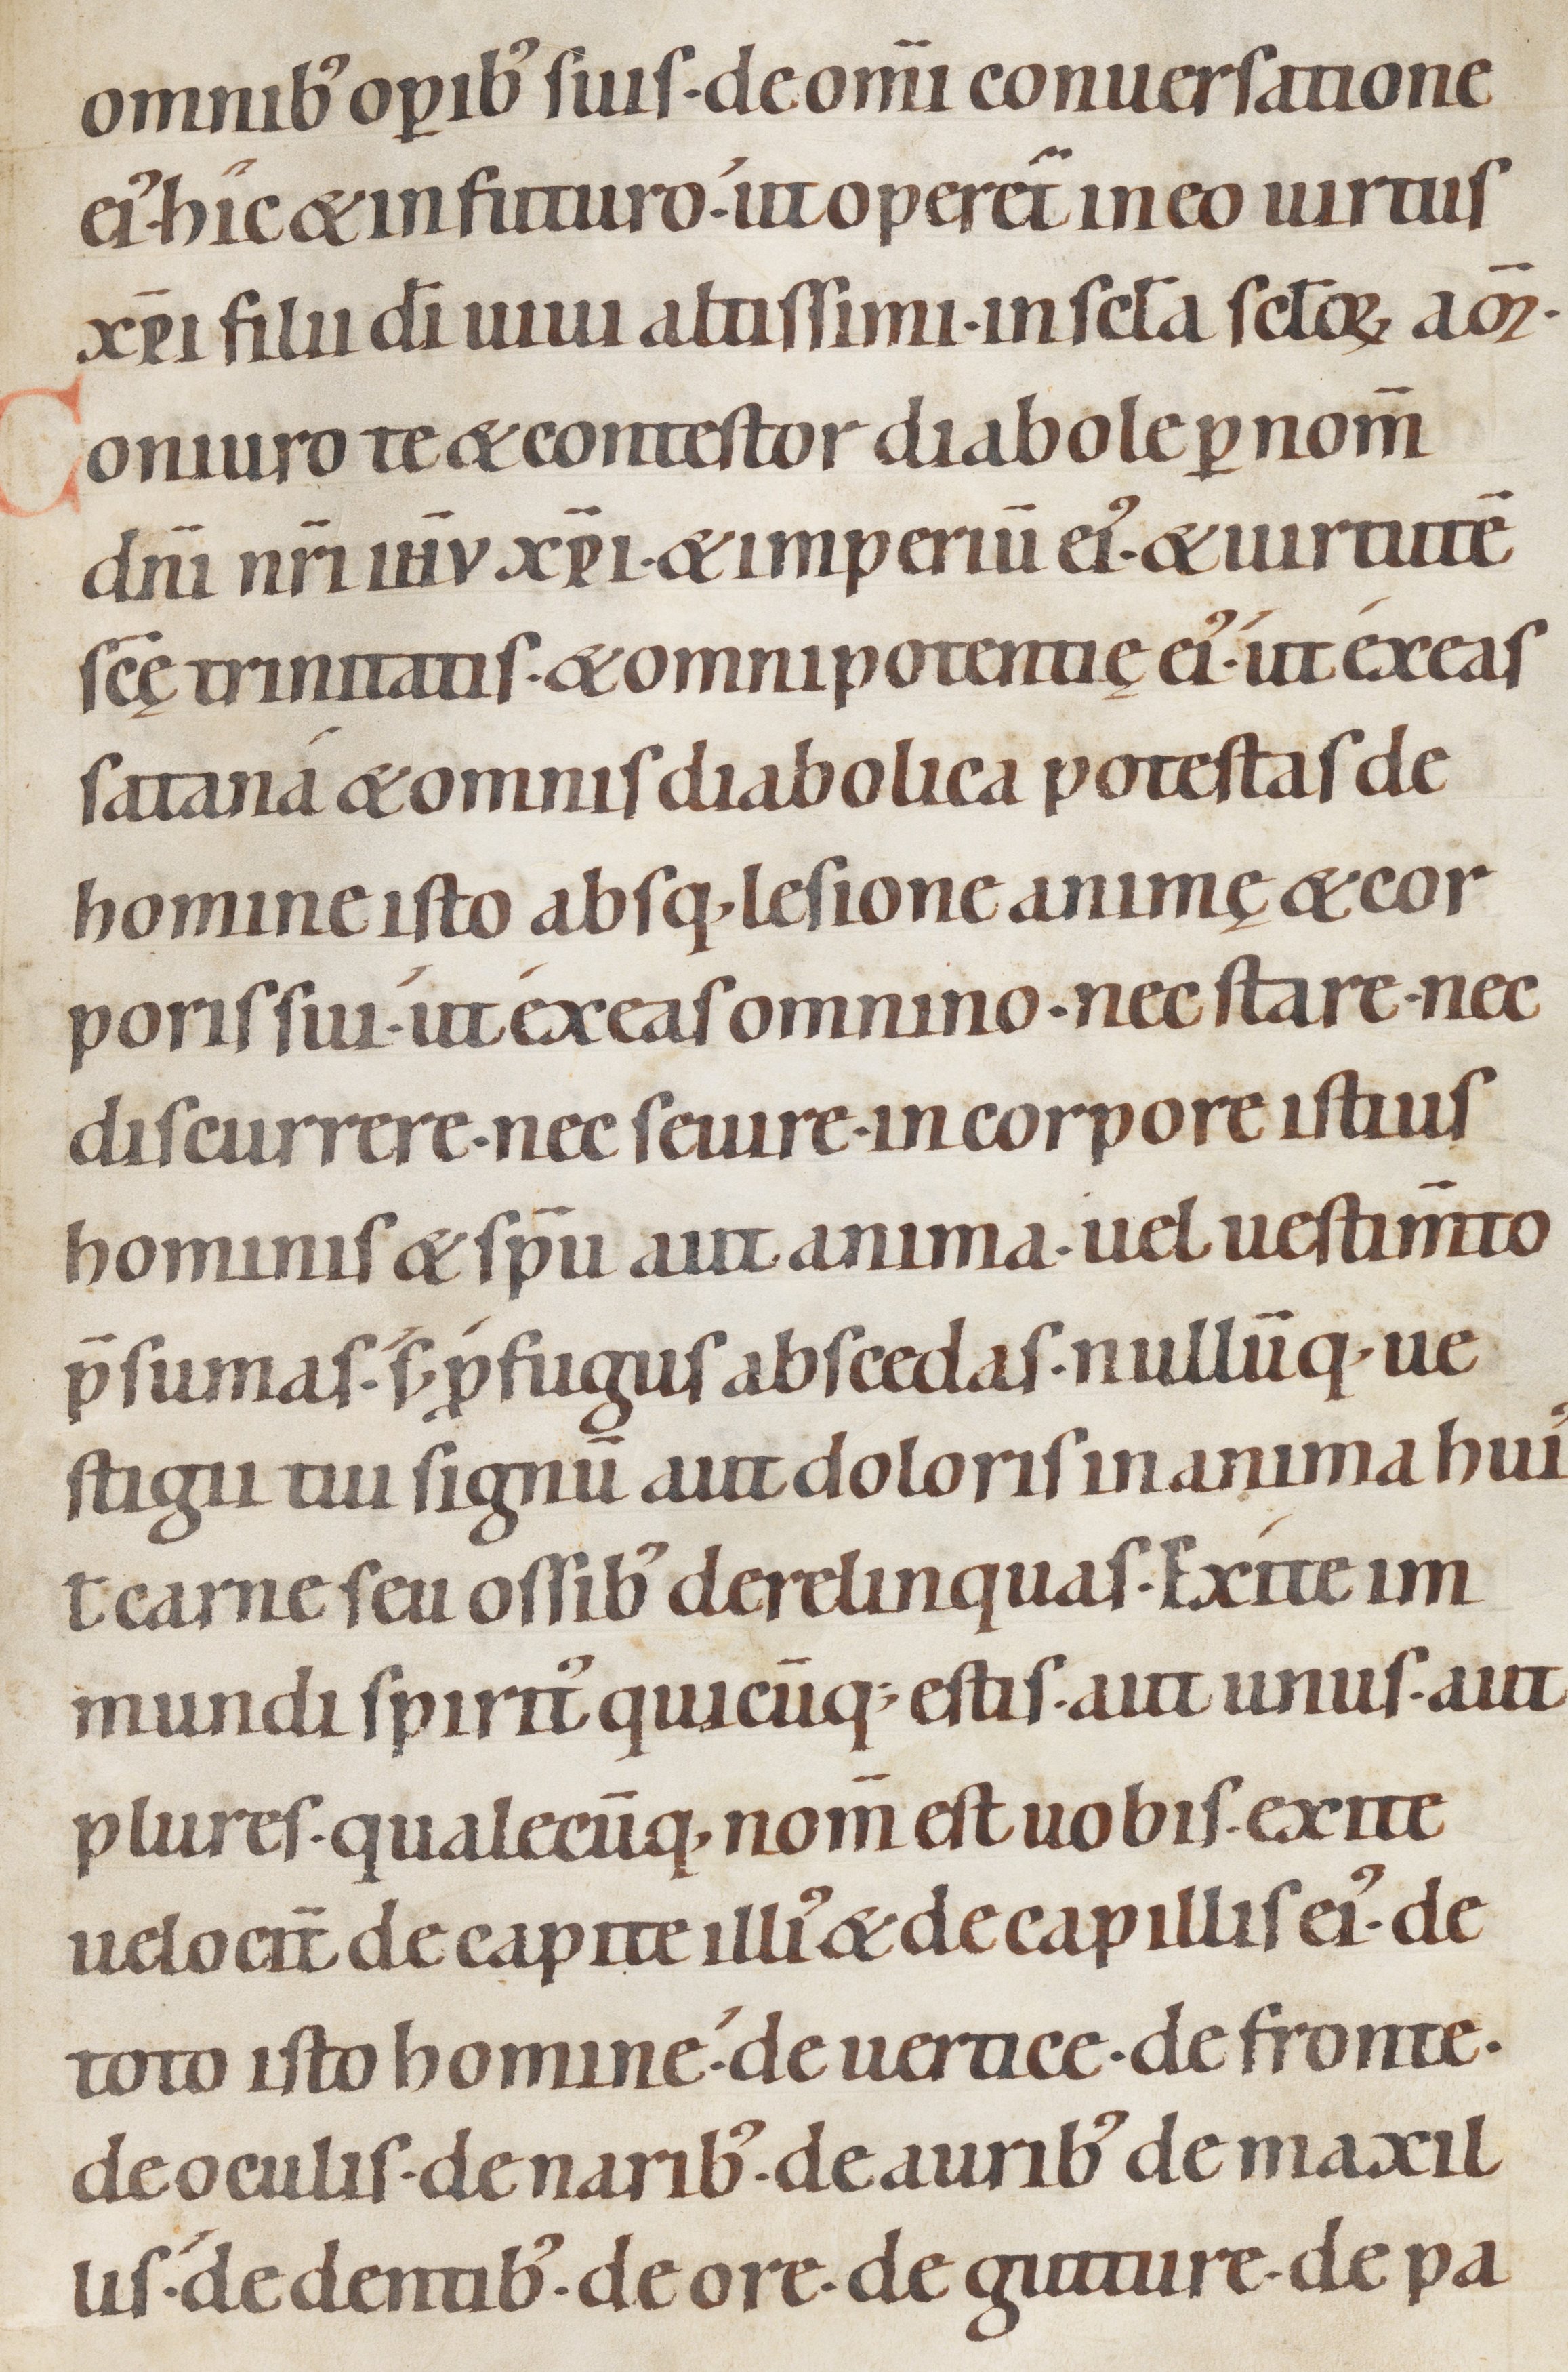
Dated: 1100–1199